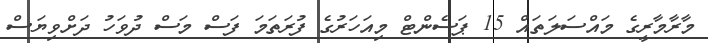
މާރާމާރީގެ މައްސަލަތައް 15 ޕަސެންޓް މިއަހަރުގެ ފުރަތަމަ ފަސް މަސް ދުވަހު ދަށްވިޔަސް